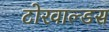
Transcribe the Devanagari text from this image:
टोरवाल्डस